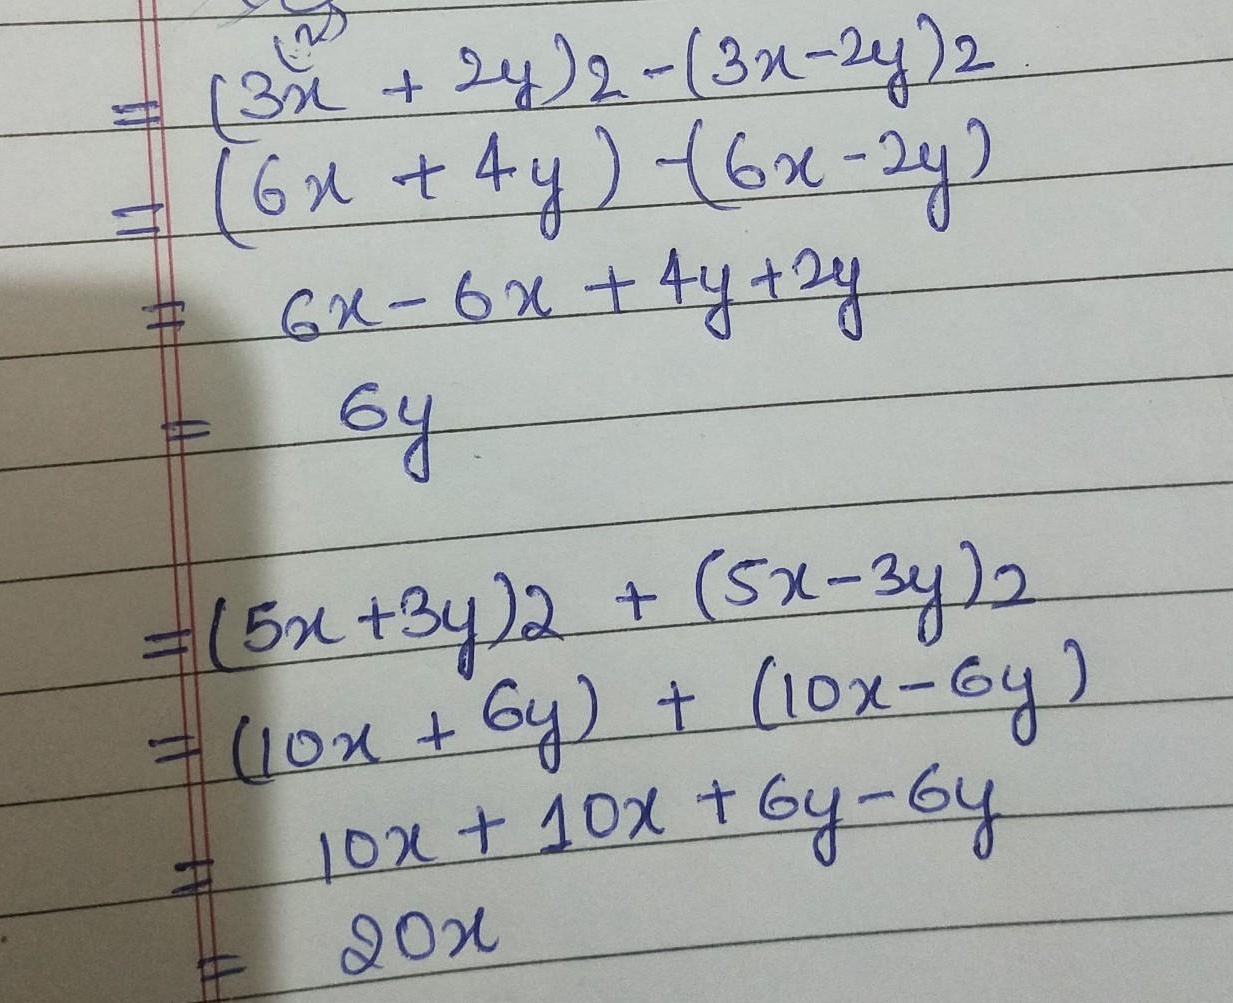
\begin{align*}
&(3x + 2y)2-(3x - 2y)2\\
=&(6x + 4y)-(6x - 2y)\\
=&6x-6x + 4y + 2y\\
=&6y\\
\\
&(5x + 3y)2+(5x - 3y)2\\
=&(10x + 6y)+(10x - 6y)\\
=&10x + 10x+6y - 6y\\
=&20x
\end{align*}